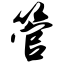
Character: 管